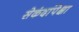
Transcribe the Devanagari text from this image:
सेकंदांपेक्षा